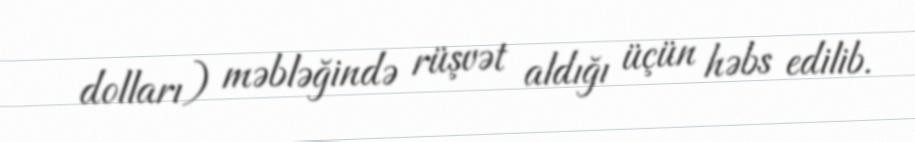
dolları) məbləğində rüşvət aldığı üçün həbs edilib.